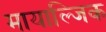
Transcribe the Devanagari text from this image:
मायाल्जिक